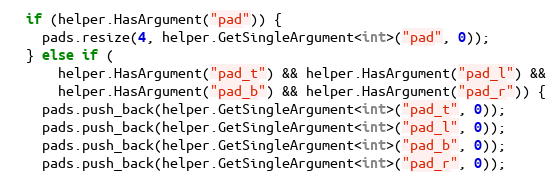
Language: C++
  if (helper.HasArgument("pad")) {
    pads.resize(4, helper.GetSingleArgument<int>("pad", 0));
  } else if (
      helper.HasArgument("pad_t") && helper.HasArgument("pad_l") &&
      helper.HasArgument("pad_b") && helper.HasArgument("pad_r")) {
    pads.push_back(helper.GetSingleArgument<int>("pad_t", 0));
    pads.push_back(helper.GetSingleArgument<int>("pad_l", 0));
    pads.push_back(helper.GetSingleArgument<int>("pad_b", 0));
    pads.push_back(helper.GetSingleArgument<int>("pad_r", 0));